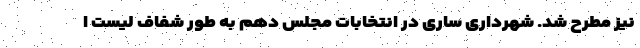
نیز مطرح شد. شهرداری ساری در انتخابات مجلس دهم به طور شفاف لیست ا